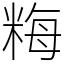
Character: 䊈